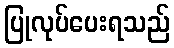
ပြုလုပ်ပေးရသည်